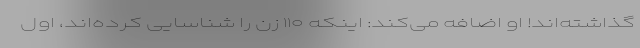
گذاشته‌اند! او اضافه می‌کند: اینکه ۱۱۰ زن را شناسایی کرده‌اند، اول